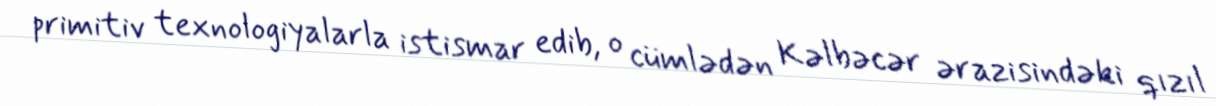
primitiv texnologiyalarla istismar edib, o cümlədən Kəlbəcər ərazisindəki qızıl